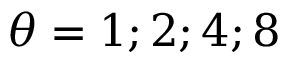
\theta = 1 ; 2 ; 4 ; 8